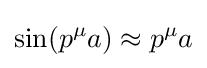
\sin(p^{\mu }a)\approx p^{\mu }a